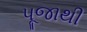
પૂજાથી